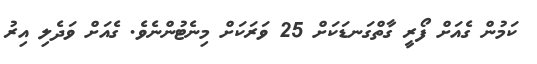
ކަމުން ގެއަށް ފޯރީ ގާތްގަނޑަކަށް 25 ވަރަކަށް މިނެޓުންނެވެ. ގެއަށް ވަދެލި އިރު